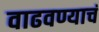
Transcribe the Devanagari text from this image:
वाढवण्याचं